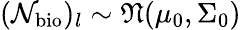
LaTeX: (\mathcal{N}_{\mathrm{bio}})_{l}\sim\mathfrak{N}(\mu_{0},\Sigma_{0})